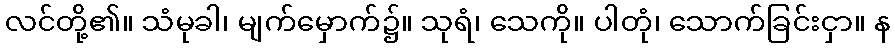
လင်တို့၏။ သံမုခါ၊ မျက်မှောက်၌။ သုရံ၊ သေကို။ ပါတုံ၊ သောက်ခြင်းငှာ။ န